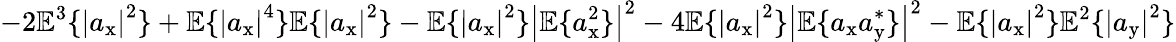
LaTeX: -2\mathbb{E}^{3}\{ \left|a_{\mathrm{x}}\right|^{2}\} +\mathbb{E}\{ \left|a_{\mathrm{x}}\right|^{4}\} \mathbb{E}\{ \left|a_{\mathrm{x}}\right|^{2}\} -\mathbb{E}\{ \left|a_{\mathrm{x}}\right|^{2}\} \left|\mathbb{E}\{ a_{\mathrm{x}}^{2}\} \right|^{2}-4\mathbb{E}\{ \left|a_{\mathrm{x}}\right|^{2}\} \left|\mathbb{E}\{ a_{\mathrm{x}}a_{\mathrm{y}}^{*}\} \right|^{2}-\mathbb{E}\{ \left|a_{\mathrm{x}}\right|^{2}\} \mathbb{E}^{2}\{ \left|a_{\mathrm{y}}\right|^{2}\}